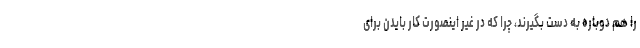
را هم دوباره به دست بگیرند، چرا که در غیر اینصورت کار بایدن برای